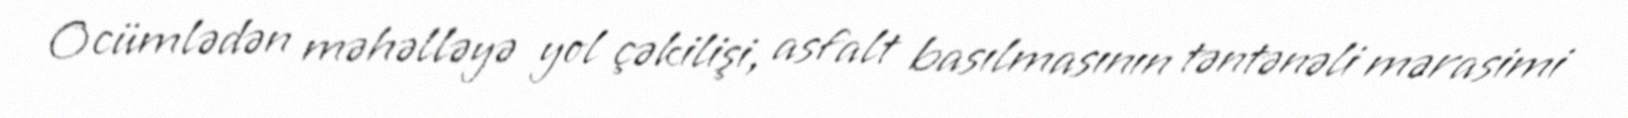
O cümlədən məhəlləyə yol çəkilişi, asfalt basılmasının təntənəli mərasimi